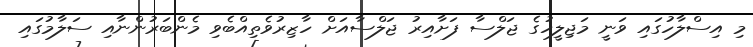
މި އިސްލާހުގައި ވަނީ މަޖިލީހުގެ ޖަލްސާ ފަށާއިރު ޖަލްސާއަށް ހާޒިރުވެތިއްބެވި މެންބަރުންނާއި ސަލާމުގައި